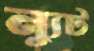
ন্যুট